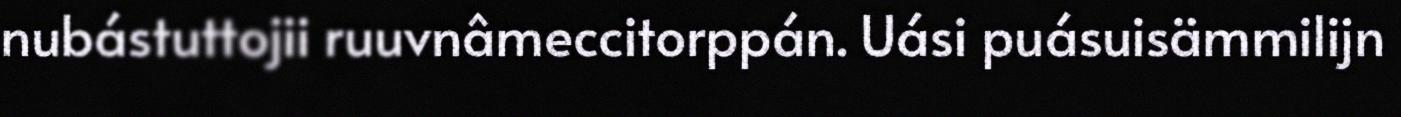
nubástuttojii ruuvnâmeccitorppán. Uási puásuisämmilijn